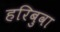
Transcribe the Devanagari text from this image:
हरिबुवा